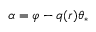
\alpha = \varphi - q ( r ) \theta _ { * }